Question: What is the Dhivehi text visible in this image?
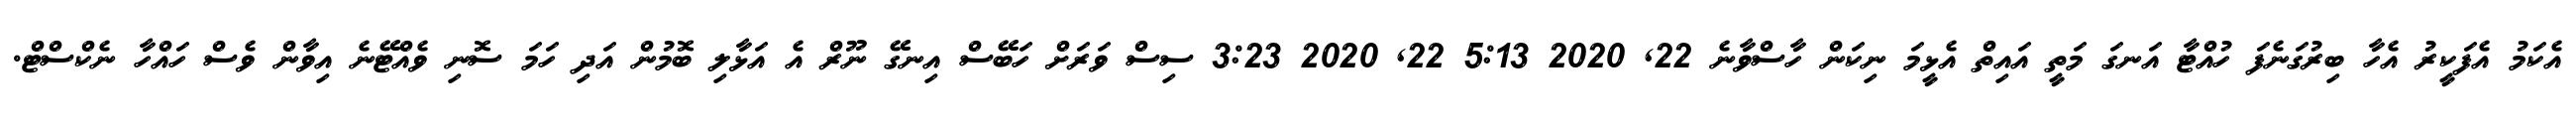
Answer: އެކަމު އެފަކީރު އެހާ ބިރުގަނެފަ ހުއްޓާ އަނގަ މަތީ އައިތް އެޅީމަ ނިކަން ހާސްވާނެ 22, 2020 5:13 22, 2020 3:23 ސިސް ވަރަށް ހަބޭސް އިނގޭ ނޫރް އެ އަޅާލި ބޮމުން އަދި ހަމަ ސޮނި ވެއްޓޭނެ އިވާން ވެސް ހައްހާ ނެކްސްޓް.